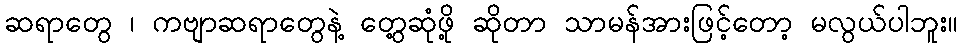
ဆရာတွေ ၊ ကဗျာဆရာတွေနဲ့ တွေ့ဆုံဖို့ ဆိုတာ သာမန်အားဖြင့်တော့ မလွယ်ပါဘူး။